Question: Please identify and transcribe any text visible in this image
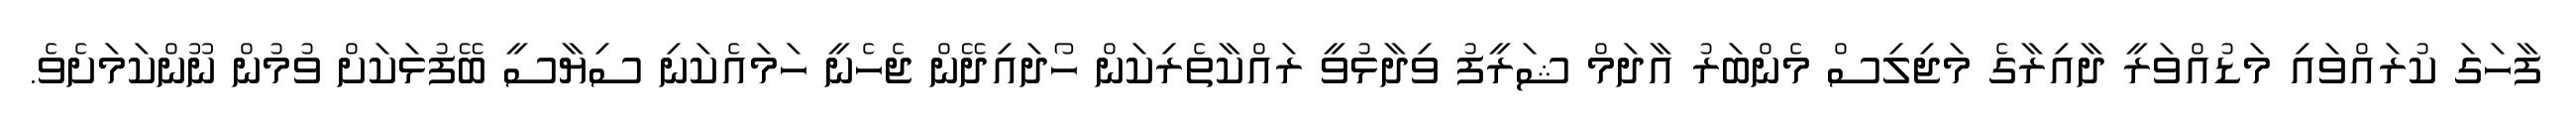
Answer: ފާހަގަ ކުރައްވައި މަޑުއްވަރީ ދާއިރާގެ މަޖިލިސް މެންބަރު އާދަމް ޝަރީފު ވިދާޅުވީ ރައްކާތެރިކަން ހޯދައިދޭން ޖެހެނީ ހަމައެކަނި ސިޔާސީ ބޭފުޅަކަށް ވުމުން ނޫންކަމަށެވެ.